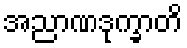
အညာဏဒုက္ခာတိ